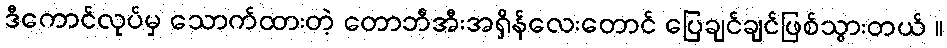
ဒီကောင်လုပ်မှ သောက်ထားတဲ့ တောဘီအီးအရှိန်လေးတောင် ပြေချင်ချင်ဖြစ်သွားတယ် ။